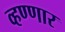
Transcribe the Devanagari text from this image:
व्हण्णार